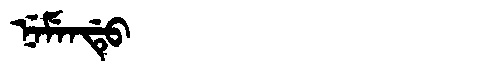
Manchu: ᠨᡝᠮᡝᠨᡩᡠ
Romanization: NEMENDU